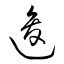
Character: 逡